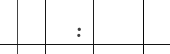
: